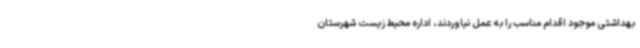
بهداشتی موجود اقدام مناسب را به عمل نیاوردند، اداره محیط زیست شهرستان